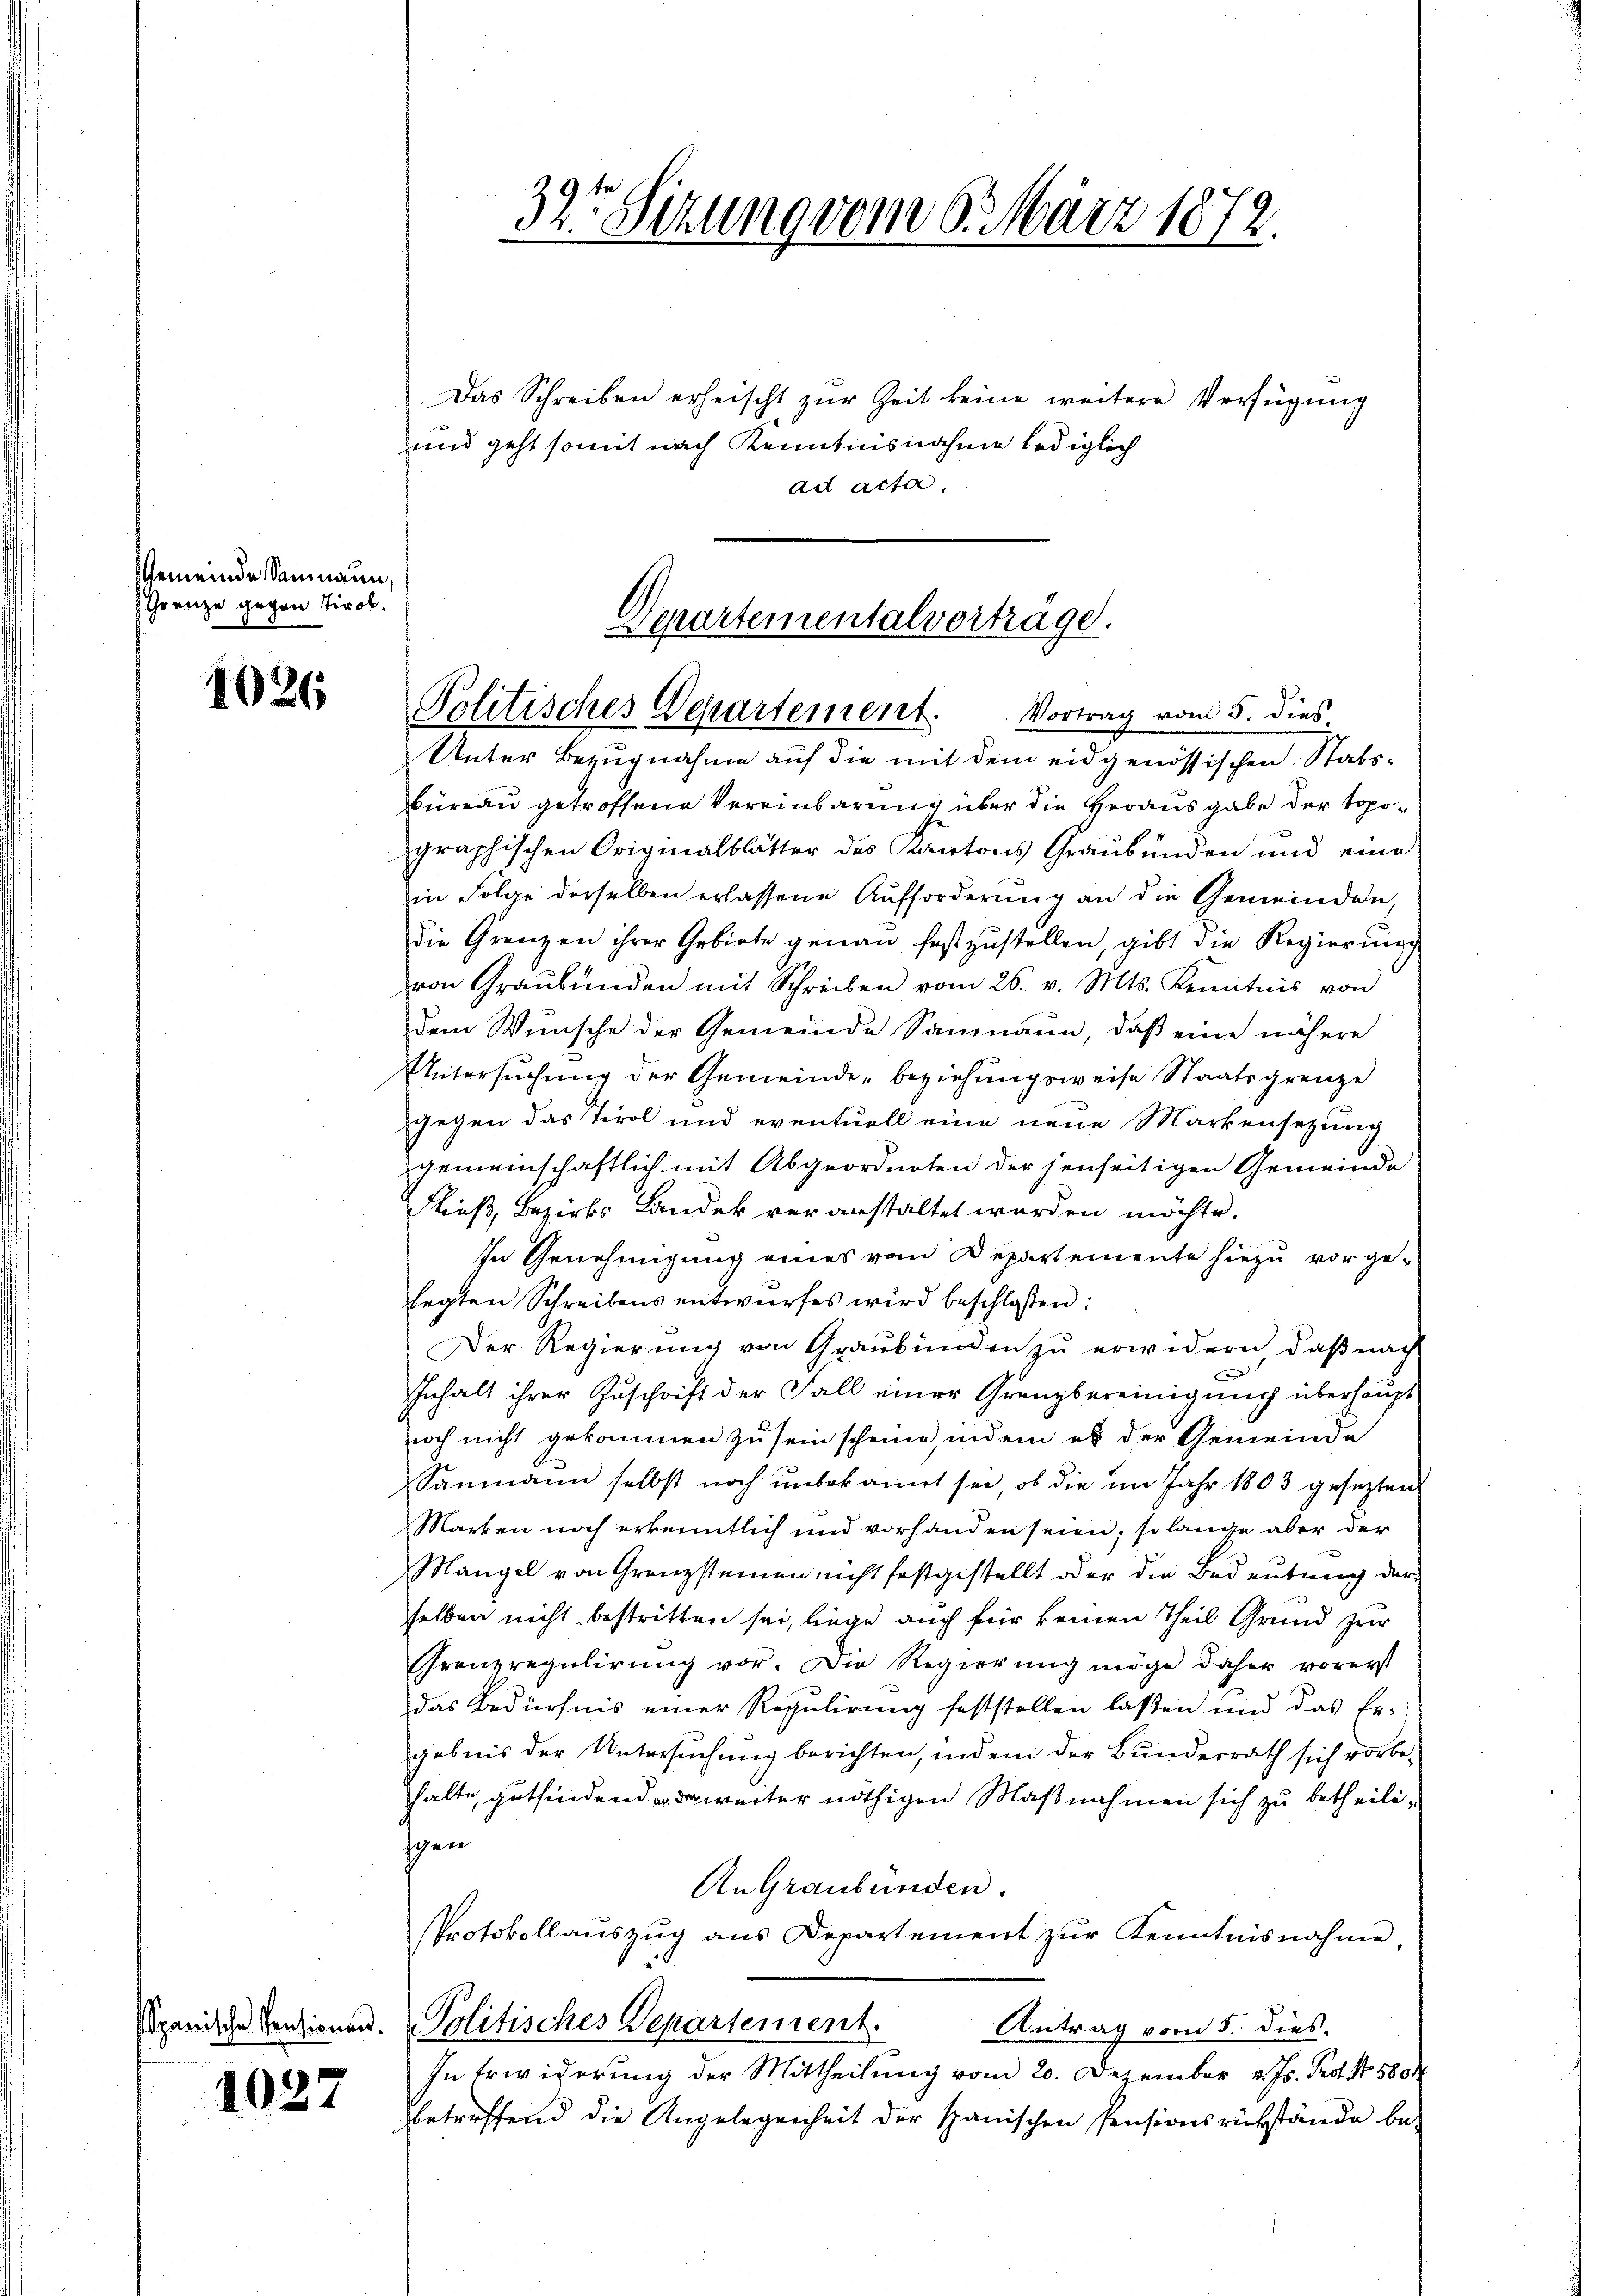
Gemeinde Saumann,
Grenze gegen Tirol.

1026

1027

Das Schreiben erheischt zŭr Zeit keine weitere Verfügung
und geht somit nach Kenntnisnahme lediglich
ad acta.

Departementalvertrage.
Politisches Departement. Vortrag vom 5. dies
Unter Bezugnahme auf die mit dem eidgenössischen Stabs¬

büreau getroffene Vereinbarung über die Herausgabe der topographischen Originalblätter des Kantons Graubünden und eine
in Folge derselben erlassene Aufforderŭng an die Gemeinden,
die Grenzen ihrer Gebiete genau festzŭstellen, gibt die Regierŭng
von Graubünden mit Schreiben vom 26. v. Mts. Kenntnis von
dem Wunsche der Gemeinde Samnaun, daß eine nähere
Untersuchung der Gemeinde, beziehungsweise Staatsgrenze
gegen das Tirol und eventuell eine neue Markensezung
gemeinschaftlich mit Abgeordneten der jenseitigen Gemeinde
Fließ, Bezirks Landek veranstaltet werden möchte.
In Genehmigung eines vom Departemente hiezu vorgelegten Schreibens entwurfes wird beschloßen:
Der Regierung von Graubünden zu erwidern, daß nach
d
Inhalt ihrer Zuschrift der Fall einer Grenzbereinigung überhaupt
noch nicht gekommen zu sein scheine, indem es der Gemeinde
Sanmann selbst noch unbekannt sei, ob die im Jahr 1803 gesezten
Marken noch erkenntlich und vorhanden seien; so lange aber der
Mangel von Grenzsteinen nicht festgestellt oder die Bedeutung der
selben nicht bestritten sei, liege auch für keinen Theil Grund zur
Grenzregulirung vor. Die Regierung möge daher vorerst
Das Bedürfnis einer Regulirung feststellen lassen und das Er-
gebnis der Untersuchung berichten, indem der Bundesrath sich vorbehalte, gutfindend weiter nöthigen Maßnahmen sich zu betheilisgen
An Graubünden.
Protokoll aŭszŭg ans Departement zŭr Kenntnisnahme.
Spanische Menzionen. Politisches Departement.
Antrag vom 5. dies
In Erwiderung der Mittheilung vom 20. Dezember v. Js. Prof. No 580
betreffend die Angelegenheit der Spanischen Pensionsrückstände be-

32t Sitzung vom 6. März 1872.